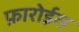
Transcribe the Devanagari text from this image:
फ़ारोईस